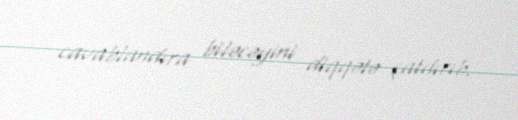
cavablandıra biləcəyini diqqətə çatdırıb.